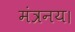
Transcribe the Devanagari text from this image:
मंत्रनय।